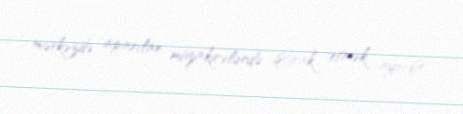
mərkəzdə aparılan müzakirələrdə iştirak etmək ayrıdır.